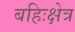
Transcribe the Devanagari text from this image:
बहिःक्षेत्र